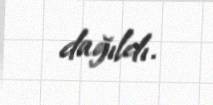
dağıldı.